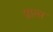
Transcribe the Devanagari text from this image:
प्रात्स